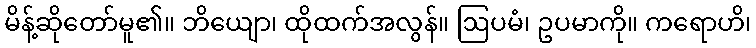
မိန့်ဆိုတော်မူ၏။ ဘိယျော၊ ထိုထက်အလွန်။ ဩပမံ၊ ဥပမာကို။ ကရောဟိ၊